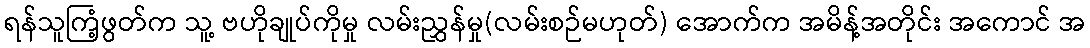
ရန်သူကြံ့ဖွတ်က သူ့ ဗဟိုချုပ်ကိုမှု လမ်းညွှန်မှု(လမ်းစဉ်မဟုတ်) အောက်က အမိန့်အတိုင်း အကောင် အ